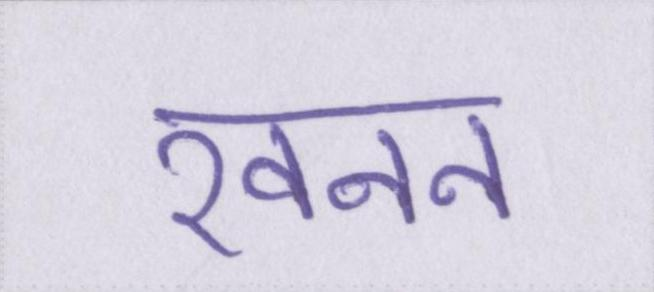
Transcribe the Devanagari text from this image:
खनन